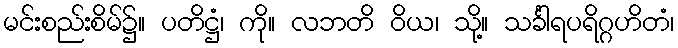
မင်းစည်းစိမ်၌။ ပတိဋ္ဌံ၊ ကို။ လဘတိ ဝိယ၊ သို့။ သင်္ခါရပရိဂ္ဂဟိတံ၊